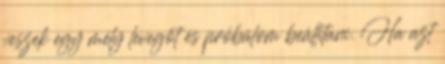
veszek egy mély levegőt és próbálom beállítani. Ha azt